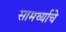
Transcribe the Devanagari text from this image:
सामर्थ्याचे